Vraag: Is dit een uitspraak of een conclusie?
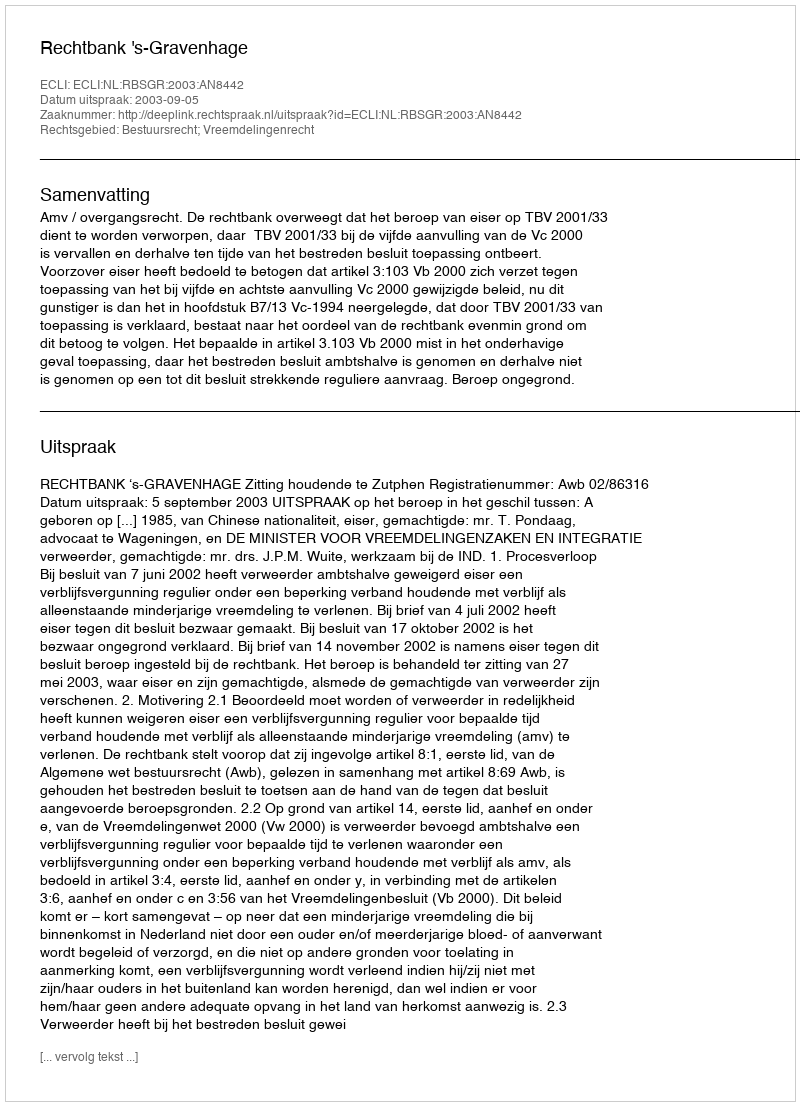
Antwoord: Uitspraak